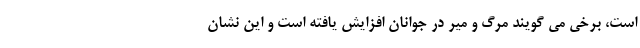
است، برخی می گویند مرگ و میر در جوانان افزایش یافته است و این نشان